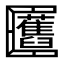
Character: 𠥬